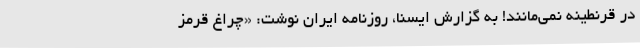
در قرنطینه نمی‌مانند! به گزارش ایسنا، روزنامه ایران نوشت: «چراغ قرمز